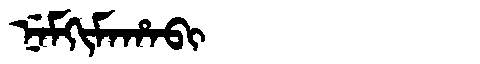
Manchu: ᠨᡝᠮᡴᡳᠮᠠᡥᠠᠪᡳ
Romanization: NEMKIMAHABI